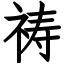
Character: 祷